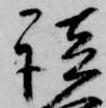
談